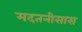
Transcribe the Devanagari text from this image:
मदतनीसास